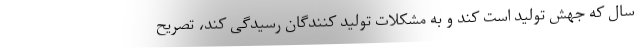
سال که جهش تولید است کند و به مشکلات تولید کنندگان رسیدگی کند، تصریح